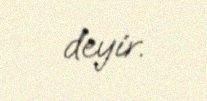
deyir.